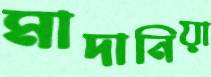
মাদানিয়া